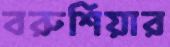
বরুশিয়ার